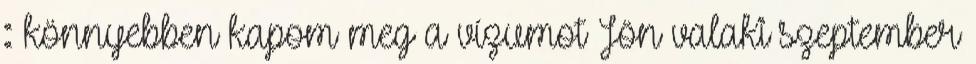
: könnyebben kapom meg a vízumot Jön valaki szeptember